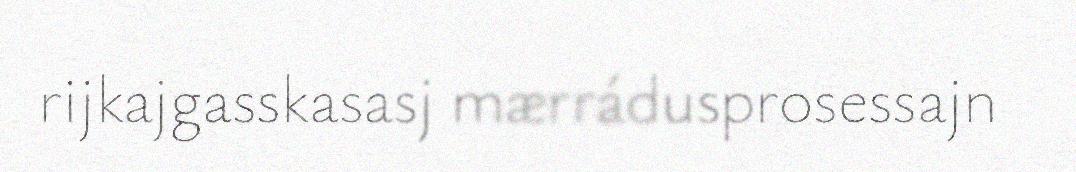
rijkajgasskasasj mærrádusprosessajn